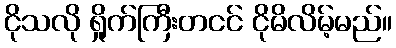
ငိုသလို ရှိုက်ကြီးတငင် ငိုမိလိမ့်မည်။